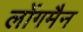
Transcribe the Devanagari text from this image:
लोंगमैन